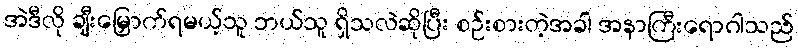
အဲဒီလို ချီးမြှောက်ရမယ့်သူ ဘယ်သူ ရှိသလဲဆိုပြီး စဉ်းစားတဲ့အခါ အနာကြီးရောဂါသည်